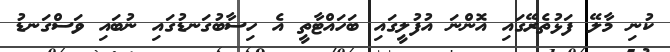
ކުނި މާލޭ ފަޅުތެރޭގައި އޮންނަ އުފުލީގައި ބަހައްޓާތީ އެ ހިސާބުގަނޑުގައި ނުބައި ވަސްގަނޑު